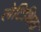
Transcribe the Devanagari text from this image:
लेटिशिया